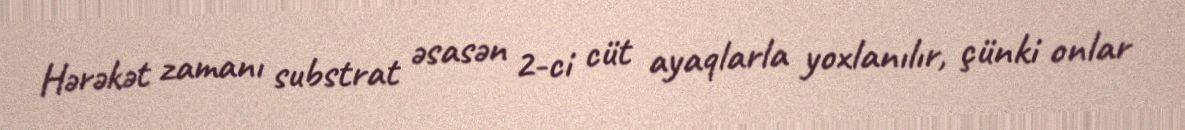
Hərəkət zamanı substrat əsasən 2-ci cüt ayaqlarla yoxlanılır, çünki onlar